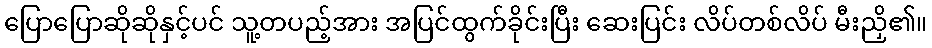
ပြောပြောဆိုဆိုနှင့်ပင် သူ့တပည့်အား အပြင်ထွက်ခိုင်းပြီး ဆေးပြင်း လိပ်တစ်လိပ် မီးညှိ၏။